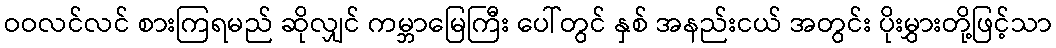
ဝဝလင်လင် စားကြရမည် ဆိုလျှင် ကမ္ဘာမြေကြီး ပေါ်တွင် နှစ် အနည်းငယ် အတွင်း ပိုးမွှားတို့ဖြင့်သာ